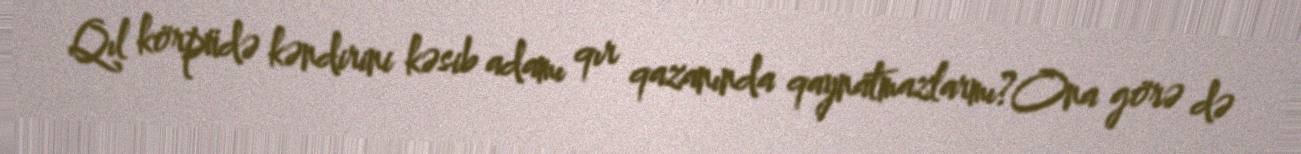
Qıl körpüdə kəndirini kəsib adamı qır qazanında qaynatmazlarmı?Ona görə də